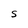
Character: S